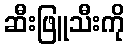
ဆီးဖြူသီးကို